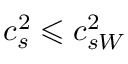
c _ { s } ^ { 2 } \leqslant c _ { s W } ^ { 2 }